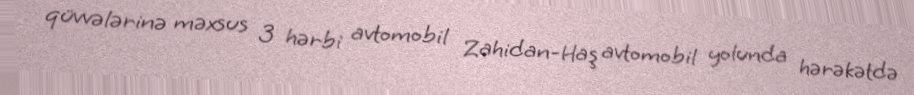
qüvvələrinə məxsus 3 hərbi avtomobil Zahidan-Haş avtomobil yolunda hərəkətdə